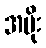
အမိုး